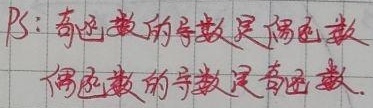
PS：奇函数的导数是偶函数，偶函数的导数是奇函数.